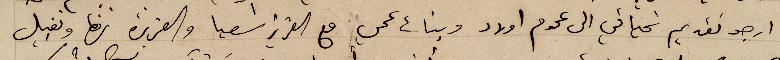
ارجو تقديم تحياتي الى عموم اولاد وبنات عمي مع العزيز اشعيا والعزيزة نزها وتقبيل